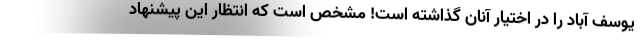
یوسف آباد را در اختیار آنان گذاشته است! مشخص است که انتظار این پیشنهاد